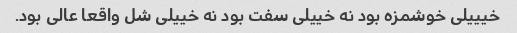
خیییلی خوشمزه بود نه خییلی سفت بود نه خییلی شل واقعا عالی بود.